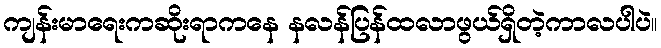
ကျန်းမာရေးကဆိုးရာကနေ နလန်ပြန်ထလာဖွယ်ရှိတဲ့ကာလပါပဲ။